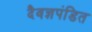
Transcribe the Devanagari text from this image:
दैवज्ञपंडित